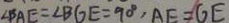
\angle B A E = \angle B G E = 9 0 ^ { \circ } , A E = G E